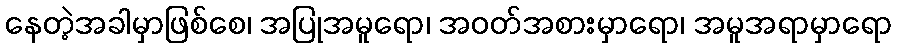
နေတဲ့အခါမှာဖြစ်စေ၊ အပြုအမူရော၊ အဝတ်အစားမှာရော၊ အမူအရာမှာရော